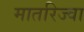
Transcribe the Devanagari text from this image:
मातरिज्वा